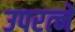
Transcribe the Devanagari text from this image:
उपरत्‍ने